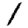
Digit: 1